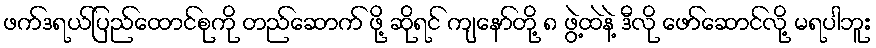
ဖက်ဒရယ်ပြည်ထောင်စုကို တည်ဆောက် ဖို့ ဆိုရင် ကျနော်တို့ ၈ ဖွဲ့ထဲနဲ့ ဒီလို ဖော်ဆောင်လို့ မရပါဘူး